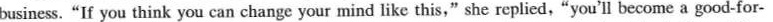
business. "If you think you can change your mind like this," she replied,"you'll become a good-for-